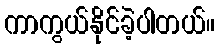
ကာကွယ်နိုင်ခဲ့ပါတယ်။